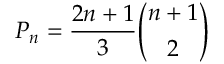
P _ { n } = { \frac { 2 n + 1 } { 3 } } { \binom { n + 1 } { 2 } }